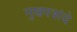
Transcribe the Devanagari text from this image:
मुखपत्रांचे